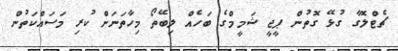
ޗެޓްލޮގާ ގުޅޭ ގޮތުން ޕީޖީ ޝަމީމްގެ ބަހެއް ލިބޭތޯ މިހާތަނަށް ކުރި މަސައްކަތުން